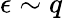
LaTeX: \epsilon\sim q